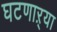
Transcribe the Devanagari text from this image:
घटणाऱ्या